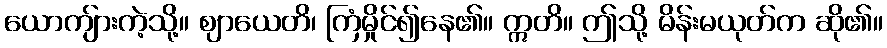
ယောကျ်ားကဲ့သို့။ ဈာယေတိ၊ ကြံမှိုင်၍နေ၏။ ဣတိ။ ဤသို့ မိန်းမယုတ်က ဆို၏။